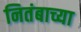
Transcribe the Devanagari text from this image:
नितंबाच्या